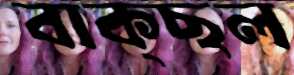
বাক্‌ছল